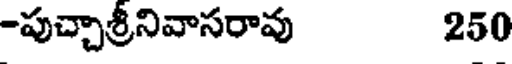
-పుచ్చాశ్రీనివాసరావు 250